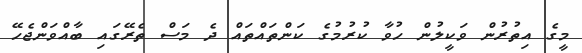
މީގެ އިތުރުން ވަކީލުން ހުވާ ކުރުމުގެ ކަންތައްތައް ދެ މަސް ތެރޭގައި ބާއްވަންޖެހޭ